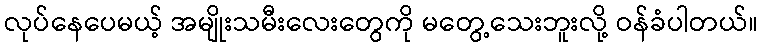
လုပ်နေပေမယ့် အမျိုးသမီးလေးတွေကို မတွေ့သေးဘူးလို့ ဝန်ခံပါတယ်။